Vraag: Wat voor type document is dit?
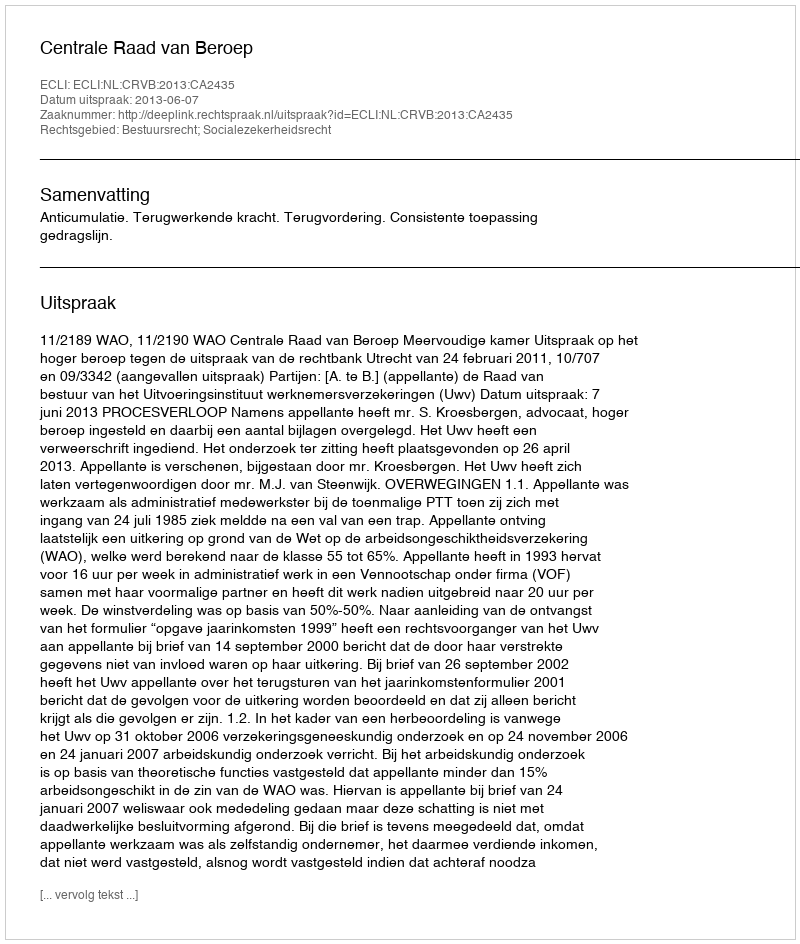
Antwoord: Uitspraak